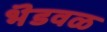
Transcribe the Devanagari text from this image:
भॆडवळ